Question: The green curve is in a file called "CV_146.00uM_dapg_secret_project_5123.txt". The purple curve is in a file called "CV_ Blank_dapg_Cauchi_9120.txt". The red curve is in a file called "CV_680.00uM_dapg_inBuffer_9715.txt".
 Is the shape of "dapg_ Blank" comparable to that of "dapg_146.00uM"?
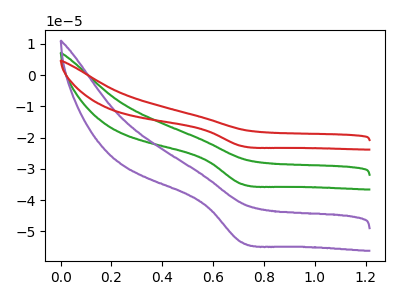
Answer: <think>The green curve "dapg_146.00uM" has a cathodic peak at: (0.70V, -34.85uA). The purple curve "dapg_ Blank" has a cathodic peak at: (0.70V, -53.55uA). The red curve "dapg_680.00uM" has a cathodic peak at: (0.70V, -69.70uA).
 All the peaks in "dapg_ Blank" have a peak in "dapg_146.00uM" at the same potential. Every peak in "dapg_ Blank" is higher than every peak in "dapg_146.00uM".</think>
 <answer>"dapg_ Blank" and "dapg_146.00uM" are similar in shape.</answer>
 <eval>same_shape</eval>